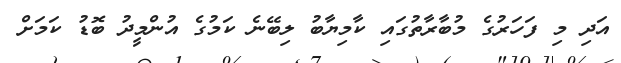
އަދި މި ފަހަރުގެ މުބާރާތުގައި ކާމިޔާބު ލިބޭނެ ކަމުގެ އުންމީދު ބޮޑު ކަމަށް